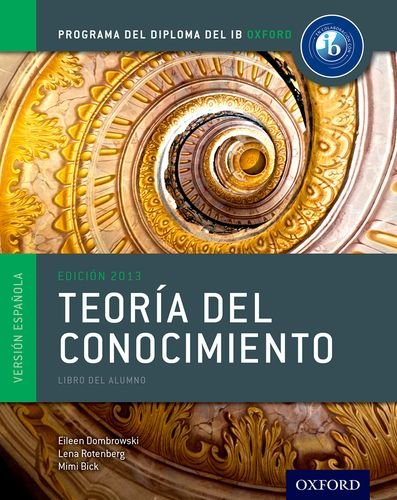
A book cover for IB Teoria del Conocimiento Libro del Alumno: Programa del Diploma del IB Oxford (IB Diploma Program); Eileen Dombrowski; Teen & Young Adult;